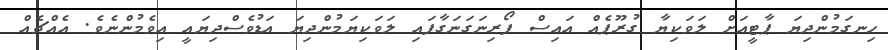
ހިނގަމުންދިޔަ ޕާޓީއަށް ލަވަކިޔާ ގުރޫޕެއް އައިސް ފޯރިނަގަނަގާފައި ލަވަކިޔަމުންދިޔަ އަޑުވެސްދިޔައީ އިވެމުންނެވެ. އެއްޗެއް